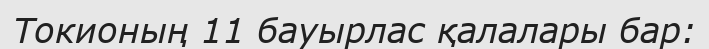
Токионың 11 бауырлас қалалары бар: